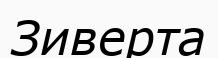
Зиверта